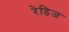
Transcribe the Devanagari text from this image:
रेडिज